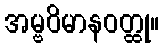
အမ္ဗဝိမာနဝတ္ထု။